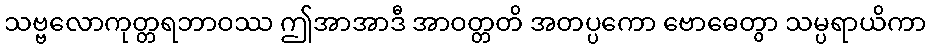
သဗ္ဗလောကုတ္တရဘာဝဿ ဤအာအာဒီ အာဝတ္တတိ အတပ္ပကော ဗောဓေတွာ သမ္ပရာယိကာ